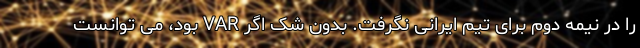
را در نیمه دوم برای تیم ایرانی نگرفت. بدون شک اگر VAR بود، می توانست